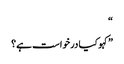
“
”کہو کیا درخواست ہے؟